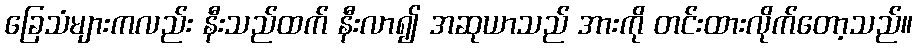
ခြေသံများကလည်း နီးသည်ထက် နီးလာ၍ အဆုယာသည် အားကို တင်းထားလိုက်တော့သည်။